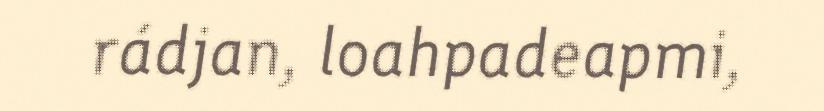
rádjan, loahpadeapmi,